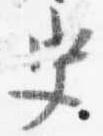
史